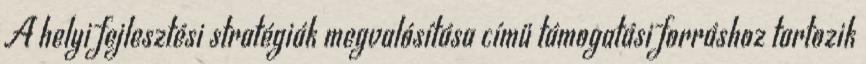
A helyi fejlesztési stratégiák megvalósítása című támogatási forráshoz tartozik